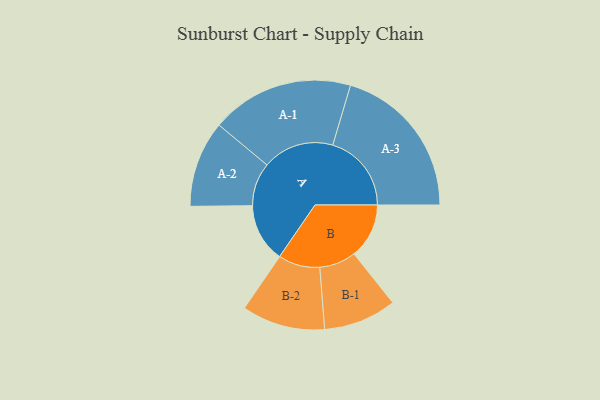
{"axis": {"x": "Segment", "y": "Value"}, "legend": ["", "A", "B"], "data": [{"x": "A", "y": 219, "type": ""}, {"x": "B", "y": 205, "type": ""}, {"x": "A-1", "y": 266, "type": "A"}, {"x": "A-2", "y": 161, "type": "A"}, {"x": "A-3", "y": 293, "type": "A"}, {"x": "B-1", "y": 136, "type": "B"}, {"x": "B-2", "y": 155, "type": "B"}]}